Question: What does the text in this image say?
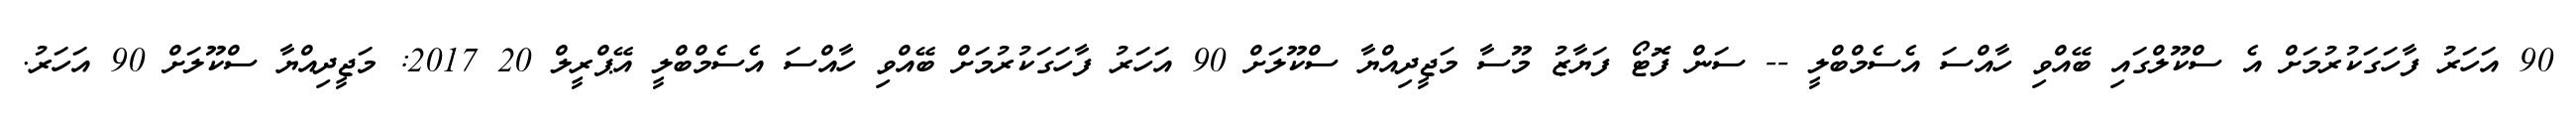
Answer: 90 އަހަރު ފާހަގަކުރުމަށް އެ ސްކޫލްގައި ބޭއްވި ހާއްސަ އެސެމްބްލީ -- ސަން ފޮޓޯ ފަޔާޒު މޫސާ މަޖީދިއްޔާ ސްކޫލަށް 90 އަހަރު ފާހަގަކުރުމަށް ބޭއްވި ހާއްސަ އެސެމްބްލީ އޭޕްރީލް 20 2017: މަޖީދިއްޔާ ސްކޫލަށް 90 އަހަރު.